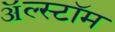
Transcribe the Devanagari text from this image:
ॲल्स्टॉम